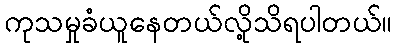
ကုသမှုခံယူနေတယ်လို့သိရပါတယ်။